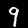
Label: 9